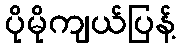
ပိုမိုကျယ်ပြန့်